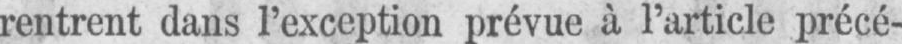
rentrent dans l’exception prévue à l’article précé-